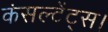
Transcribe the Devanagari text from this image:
कंसल्टेंट्स।